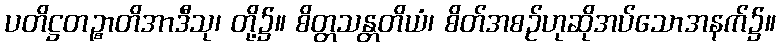
ပတိဋ္ဌတဉ္စာတိအာဒီသု၊ တို့၌။ စိတ္တသန္တတိယံ၊ စိတ်အစဉ်ဟုဆိုအပ်သောအနက်၌။